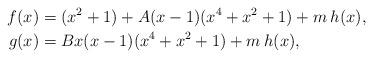
LaTeX: \begin{align*} f(x) & =(x^2+1) + A(x-1)(x^4+x^2+1) +m\:h(x),\\ g(x)& = Bx(x-1)(x^4+x^2+1) +m\:h(x), \end{align*}